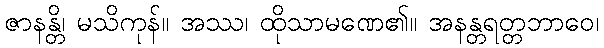
ဇာနန္တိ၊ မသိကုန်။ အဿ၊ ထိုသာမဏေ၏။ အနန္တရတ္တဘာဝေ၊